Vaccination in Bombay 1874-1876 - 1874-1876
Year: 1874
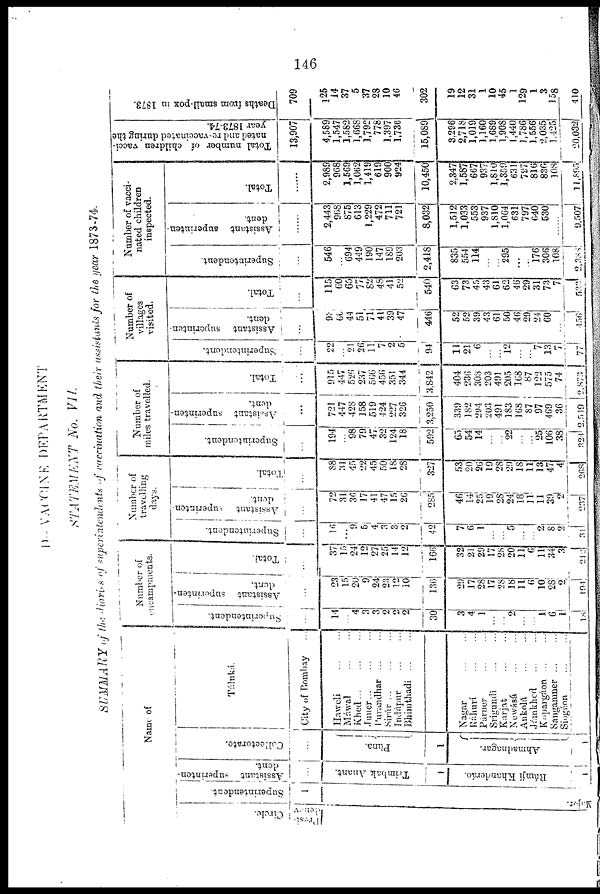
146
D. — VACCINE DEPARTMENT
STATEMENT
No. VII.
SUMMARY of the diaries of superintendents of vaccination and their assistants for the year 1873-74.
Name of
Circle.
Presi¬
densy
Superintendent.
1
Major.
Assistant superinten-
dent.
...
Trimbak Anant.
1
Rámji Khanderáo.
1
Collectorate.
...
Pùna.
1
Ahmadnagar.
1
Táluká.
City of Bombay
Haweli ... ...
Máwal
...
...
Khed
...
...
...
Juner... ... ...
Purandhar
...
...
Sirúr ... ... ...
Indápur ... ...
Bhimthadi
...
...
Nagar ... ...
Ráhurí ... ...
Párner ... ...
Srigundi
...
...
Karjat
...
...
Newásá ... ...
Ankolá ... ...
Jámkhed
...
...
Kopargáon ... ...
Sangamner
...
...
Siogáon ... ...
Number of
encampments.
Superintendent.
...
14
... 4
3
3
2
2
2
30
3
4
1
...
... 2
...
... 1
6
1
18
Assistant superinten-
dent.
...
23
15
20
9
24
23
12
10
136
29
17
28
17
28
18
11
6
10
28
2
194
Total.
...
37
15
24
12
27
25
14
12
166
32
21
29
17
28
20
11
6
11
34
3
212
Number of
travelling
days.
Superintendent.
...
16
... 9
5
4
3
3
2
42
7
6
1
...
... 5
...
... 2
8
2
31
Assistant superinten-
dent.
...
72
31
36
17
41
47
15
26
285
46
14
25
19
28
24
18
11
11
39
2
237
Total.
...
88
31
45
22
45
50
18
28
327
53
20
26
19
28
29
18
11
13
47
4
268
Number of
miles travelled.
Superintendent.
...
194
... 98
79
47
32
124
18
592
65
54
14
...
... 22
...
... 25
106
38
324
Assistant superinten-
dent.
...
721
447
428
158
519
424
227
326
3,250
339
182
294
203
491
183
168
87
97
469
36
2,549
Total.
...
915
447
526
237
566
456
351
344
3,842
404
236
308
203
491
205
168
87
122
575
74
2,873
Number of
villages
visited.
Superintendent.
...
22
... 21
26
11
7
2
5
94
11
21
6
...
... 12
...
... 7
13
7
77
Assistant superinten-
dent.
...
93
60
44
51
71
41
39
47
446
52
52
39
43
61
50
46
29
24
60
...
456
Total.
...
115
60
65
77
82
48
41
52
540
63
73
45
43
61
62
46
29
31
73
7
532
Number of vacci-
nated children
inspected.
Superintendent.
...
546
... 694
449
190
147
189
203
2,418
835
554
114
...
... 295
...
... 176
306
108
2,388
Assistant superinten-
dent.
...
2,443
968
875
613
1,229
472
711
721
8,032
1,512
1,033
553
937
1,810
1,064
631
797
640
530
9,507
Total.
...
2,989
968
1,569
1,062
1,419
619
900
924
10,450
2,347
1,587
667
937
1,810
1,859
631
797
816
836
108
11, 895
Total number of children vacci-
nated and re-vaccinated during the
year 1873-74.
13,907
4,589
1,547
1,582
1,668
1,792
778
1,397
1,736
15,089
3,296
2,718
1,019
1,160
1,689
1,908
1,440
1,786
1,556
2,035
1,425
20,032
Deaths from small-pox in 1873.
709
125
14
37
5
37
28
10
46
302
19
12
31
1
10
45
1
129
1
3
158
410